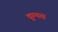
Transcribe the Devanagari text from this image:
वुम्पस